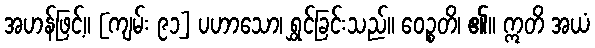
အဟန်ဖြင့်။ [ကျမ်း ၉၁] ပဟာသော၊ ရွှင်ခြင်းသည်။ ဝေဉ္စတိ၊ ၏။ ဣတိ အယံ